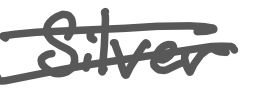
Text: Silver
Cross-out: double-line
Writing tool: digital_gray